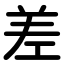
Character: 差